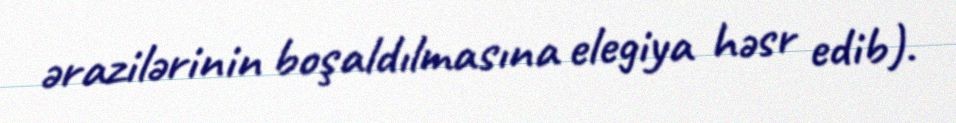
ərazilərinin boşaldılmasına elegiya həsr edib).